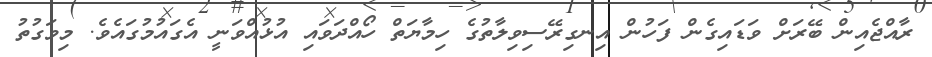
ރާއްޖެއިން ބޭރަށް ވަޑައިގެން ފަހުން އިނގިރޭސިވިލާތުގެ ހިމާޔަތް ހޯއްދަވައި އުޅުއްވަނީ އެގައުމުގައެވެ. މިވަގުތު